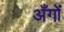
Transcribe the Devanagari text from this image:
अँगों